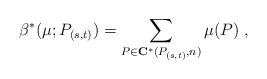
LaTeX: \begin{align*} \beta^*(\mu;P_{(s,t)}) = \sum _{P\in\mathbf{C}^*(P_{(s,t)},n)}\mu(P)\;, \end{align*}